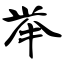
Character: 举